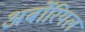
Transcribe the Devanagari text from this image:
अर्बोरियल